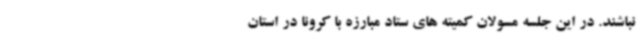
نباشند. در این جلسه مسولان کمیته های ستاد مبارزه با کرونا در استان